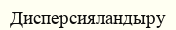
Дисперсияландыру